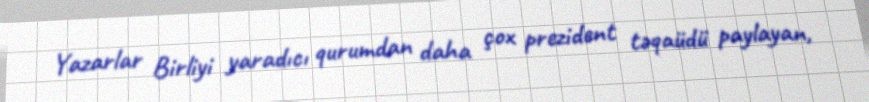
Yazarlar Birliyi yaradıcı qurumdan daha çox prezident təqaüdü paylayan,